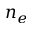
n _ { e }